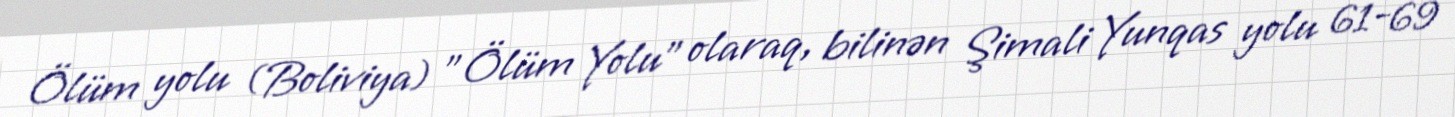
Ölüm yolu (Boliviya) "Ölüm Yolu" olaraq, bilinən Şimali Yunqas yolu 61-69